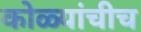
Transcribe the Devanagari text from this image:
कोळ्यांचीच